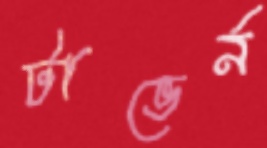
টাভের্ন